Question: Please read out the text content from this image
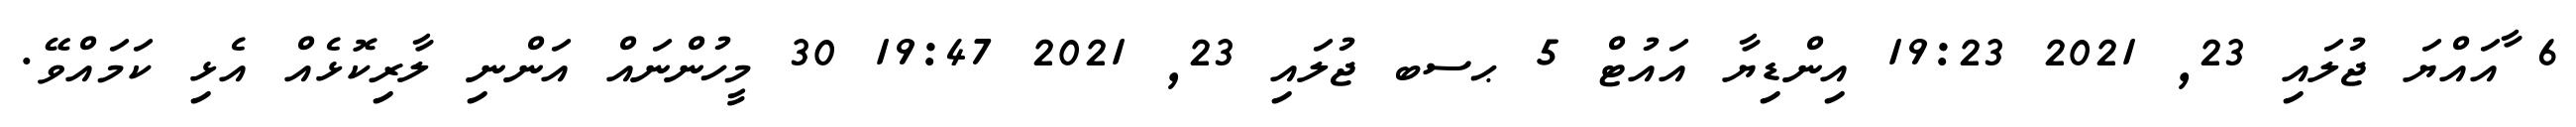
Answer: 6 ާއައްޔަ ޖުލައި 23, 2021 19:23 އިންޑިޔާ އައުޓް 5 ޙސބ ޖުލައި 23, 2021 19:47 30 މީހުންނައް އަންނި ލާރިކޮޅެއް އެޅި ކަމައްވޭ.